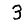
Digit: 3